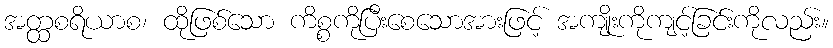
အတ္ထစရိယာစ၊ ထိုဖြစ်သော ကိစ္စကိုပြီးစေသောအားဖြင့် အကျိုးကိုကျင့်ခြင်းကိုလည်း။